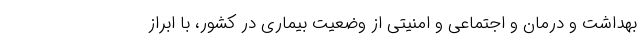
بهداشت و درمان و اجتماعی و امنیتی از وضعیت بیماری در کشور، با ابراز